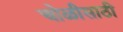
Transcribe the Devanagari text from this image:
चोळीसाठी